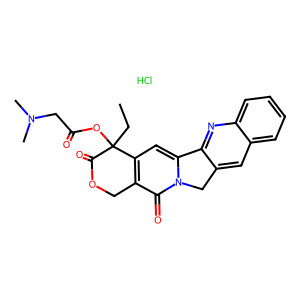
SMILES: CCC1(OC(=O)CN(C)C)C(=O)OCc2c1cc1n(c2=O)Cc2cc3ccccc3nc2-1.Cl
Inhibits HIV replication: No